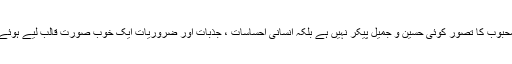
یہاں محبوب کا تصور کوئی حسین و جمیل پیکر نہیں ہے بلکہ انسانی احساسات ، جذبات اور ضروریات ایک خوب صورت قالب لیے ہوئے ہے ۔